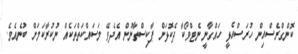
ކޮންގްރެސްއިން ހުރަސްއެޅީ ހައްގާނީ ނެޓްވޯކާ ދެކޮޅަށް ޕާކިސްތާނުން އެދެވޭ މަސައްކަތްތަކެއް ނުކުރާކަމަށް ބުނެއެވެ.